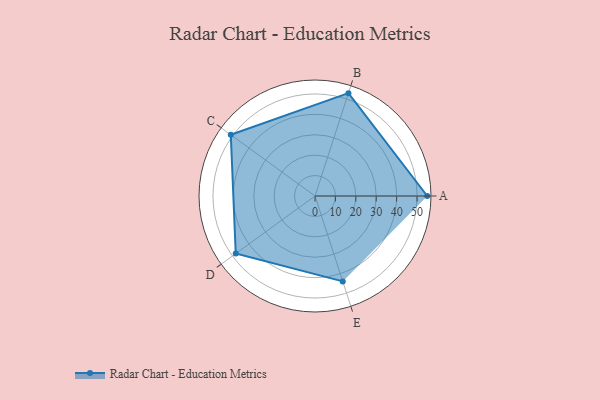
{"axis": {"x": "Skill", "y": "Score"}, "legend": ["Profile"], "data": [{"x": "A", "y": 55.0, "type": "Profile"}, {"x": "B", "y": 53.0, "type": "Profile"}, {"x": "C", "y": 51.0, "type": "Profile"}, {"x": "D", "y": 48.0, "type": "Profile"}, {"x": "E", "y": 44.0, "type": "Profile"}]}